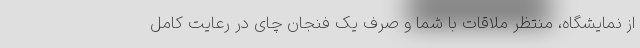
از نمایشگاه، منتظر ملاقات با شما و صرف یک فنجان چای در رعایت کامل